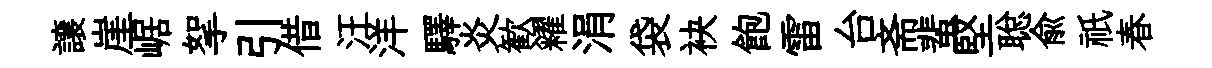
譲崖崌挐引借汪洋驛炎歓糴涓袋袂飽雷台斋蜚堅聪俞祇春